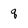
Character: q